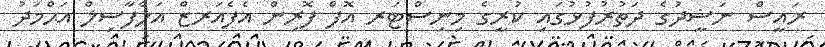
ރައީސް ނަޝީދުގެ ދަތުރުފުޅުގައި ކުރީގެ މިނިސްޓަރ އޮފް ފޮރިން އެފެއަރޒް އަލްފާޟިލް އަޙްމަދު